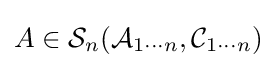
A\in {\mathcal {S}}_{n}({\mathcal {A}}_{1\cdots n},{\mathcal {C}}_{1\cdots n})